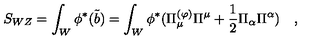
S _ { W Z } = \int _ { W } \phi ^ { * } ( \tilde { b } ) = \int _ { W } \phi ^ { * } ( \Pi _ { \mu } ^ { ( \varphi ) } \Pi ^ { \mu } + { \frac { 1 } { 2 } } \Pi _ { \alpha } \Pi ^ { \alpha } ) \quad ,